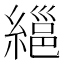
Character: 𦃽